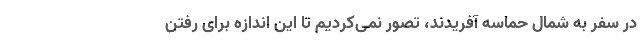
در سفر به شمال حماسه آفریدند، تصور نمی‌کردیم تا این اندازه برای رفتن